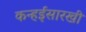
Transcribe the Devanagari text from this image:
कन्हईसारखी